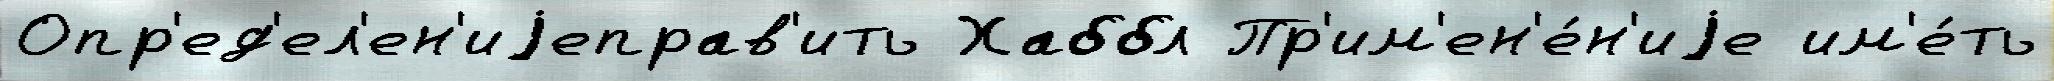
Опр'ед'ел'ен'иjеправ'ить Хаббл Пр'им'ен'е́н'иjе им'е́ть